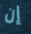
إن